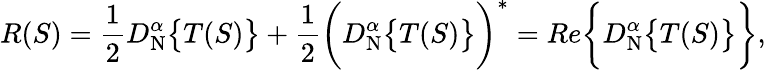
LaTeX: R(S)=\frac{1}{2}D_{\mathrm{N}}^{\alpha}\big\{ {T(S)\big\} }+\frac{1}{2}\bigg(D_{\mathrm{N}}^{\alpha}\big\{ {T(S)\big\} }\bigg)^{*}=Re\bigg\{ {D_{\mathrm{N}}^{\alpha}\big\{ {T(S)\big\} }\bigg\} },